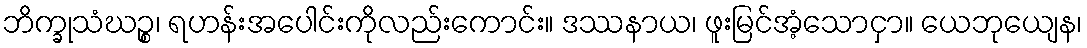
ဘိက္ခုသံဃဉ္စ၊ ရဟန်းအပေါင်းကိုလည်းကောင်း။ ဒဿနာယ၊ ဖူးမြင်အံ့သောငှာ။ ယေဘုယျေန၊